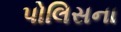
પોલિસના